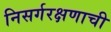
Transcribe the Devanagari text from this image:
निसर्गरक्षणाची